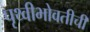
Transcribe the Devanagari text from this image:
पृथ्वीभोवतीची